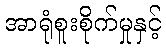
အာရုံစူးစိုက်မှုနှင့်